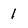
Character: 1